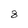
Character: 8